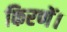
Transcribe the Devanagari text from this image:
किरणें।